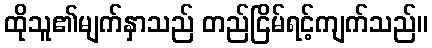
ထိုသူ၏မျက်နှာသည် တည်ငြိမ်ရင့်ကျက်သည်။